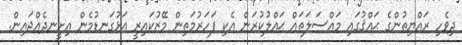
ދިވެހި ރައްޔިތުންގެ ޙައްޤުގައި މައްސަލަތައް ޙައްލުކުރަން އެކި ފަހަރުމަތިން މޭޒުކައިރީ އަޅުގަނޑުމެން އިށީނދެއްޖައިން.